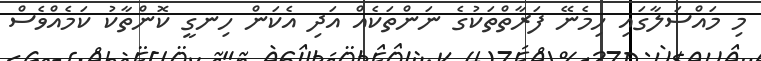
މި މައްސަލާގައި ހިމެނޭ ފަރާތްތަކުގެ ނަންތަކެއް އަދި އެކަން ހިނގީ ކޮންތާކު ކަމެއްވެސް